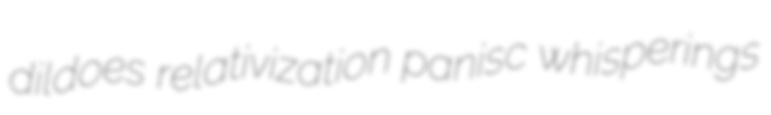
dildoes relativization panisc whisperings